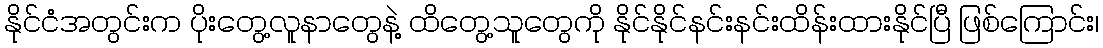
နိုင်ငံအတွင်းက ပိုးတွေ့လူနာတွေနဲ့ ထိတွေ့သူတွေကို နိုင်နိုင်နင်းနင်းထိန်းထားနိုင်ပြီ ဖြစ်ကြောင်း၊